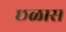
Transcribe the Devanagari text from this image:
छळास